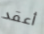
أعقد